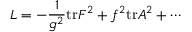
{ \cal L } = - \frac { 1 } { g ^ { 2 } } \mathrm { t r } F ^ { 2 } + f ^ { 2 } \mathrm { t r } A ^ { 2 } + \cdots